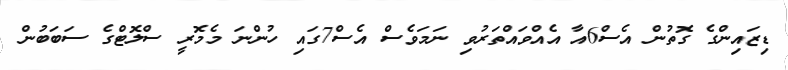
ޑިޒައިންގެ ގޮތުން އެސް6އާ އެއްވައްތަރުވި ނަމަވެސް އެސް7ގައި ހުންނަ މެމޮރީ ސްލޮޓްގެ ސަބަބުން